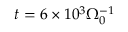
t = 6 \times 1 0 ^ { 3 } \Omega _ { 0 } ^ { - 1 }